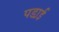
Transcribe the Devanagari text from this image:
पडा़ई